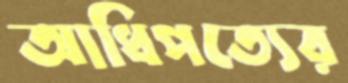
আধিপত্যের